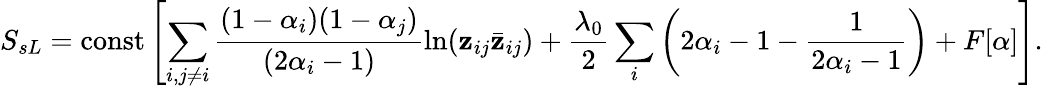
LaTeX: S_{sL}=\mathrm{const}\left[\sum_{i,j\neq i}\frac{(1-\alpha_{i})(1-\alpha_{j})}{(2\alpha_{i}-1)}\ln({\mathbf z}_{ij}{\bar{\mathbf z}}_{ij})+\frac{\lambda_{0}}{2}\sum_{i}\left(2\alpha_{i}-1-\frac{1}{2\alpha_{i}-1}\right)+F[\alpha]\right].